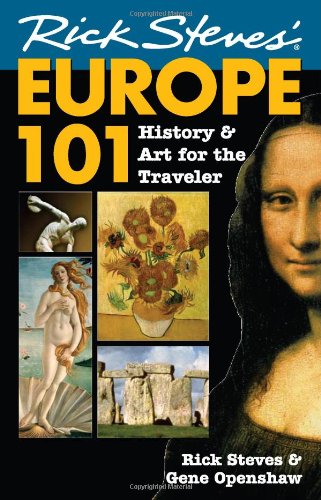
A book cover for Rick StevesEE Europe 101: History and Art for the Traveler; Rick Steves; Travel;